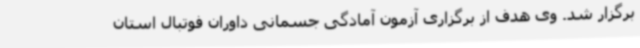
برگزار شد. وی هدف از برگزاری آزمون آمادگی جسمانی داوران فوتبال استان